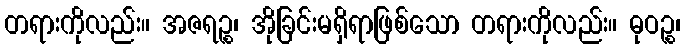
တရားကိုလည်း။ အဇရဉ္စ၊ အိုခြင်းမရှိရာဖြစ်သော တရားကိုလည်း။ ဓုဝဉ္စ၊